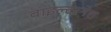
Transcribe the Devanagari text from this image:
वाइल्टरनेश